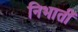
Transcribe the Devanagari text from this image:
निभातीं